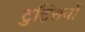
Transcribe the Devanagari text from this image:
टुट्सियों